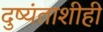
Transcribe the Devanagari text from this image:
दुष्यंताशीही